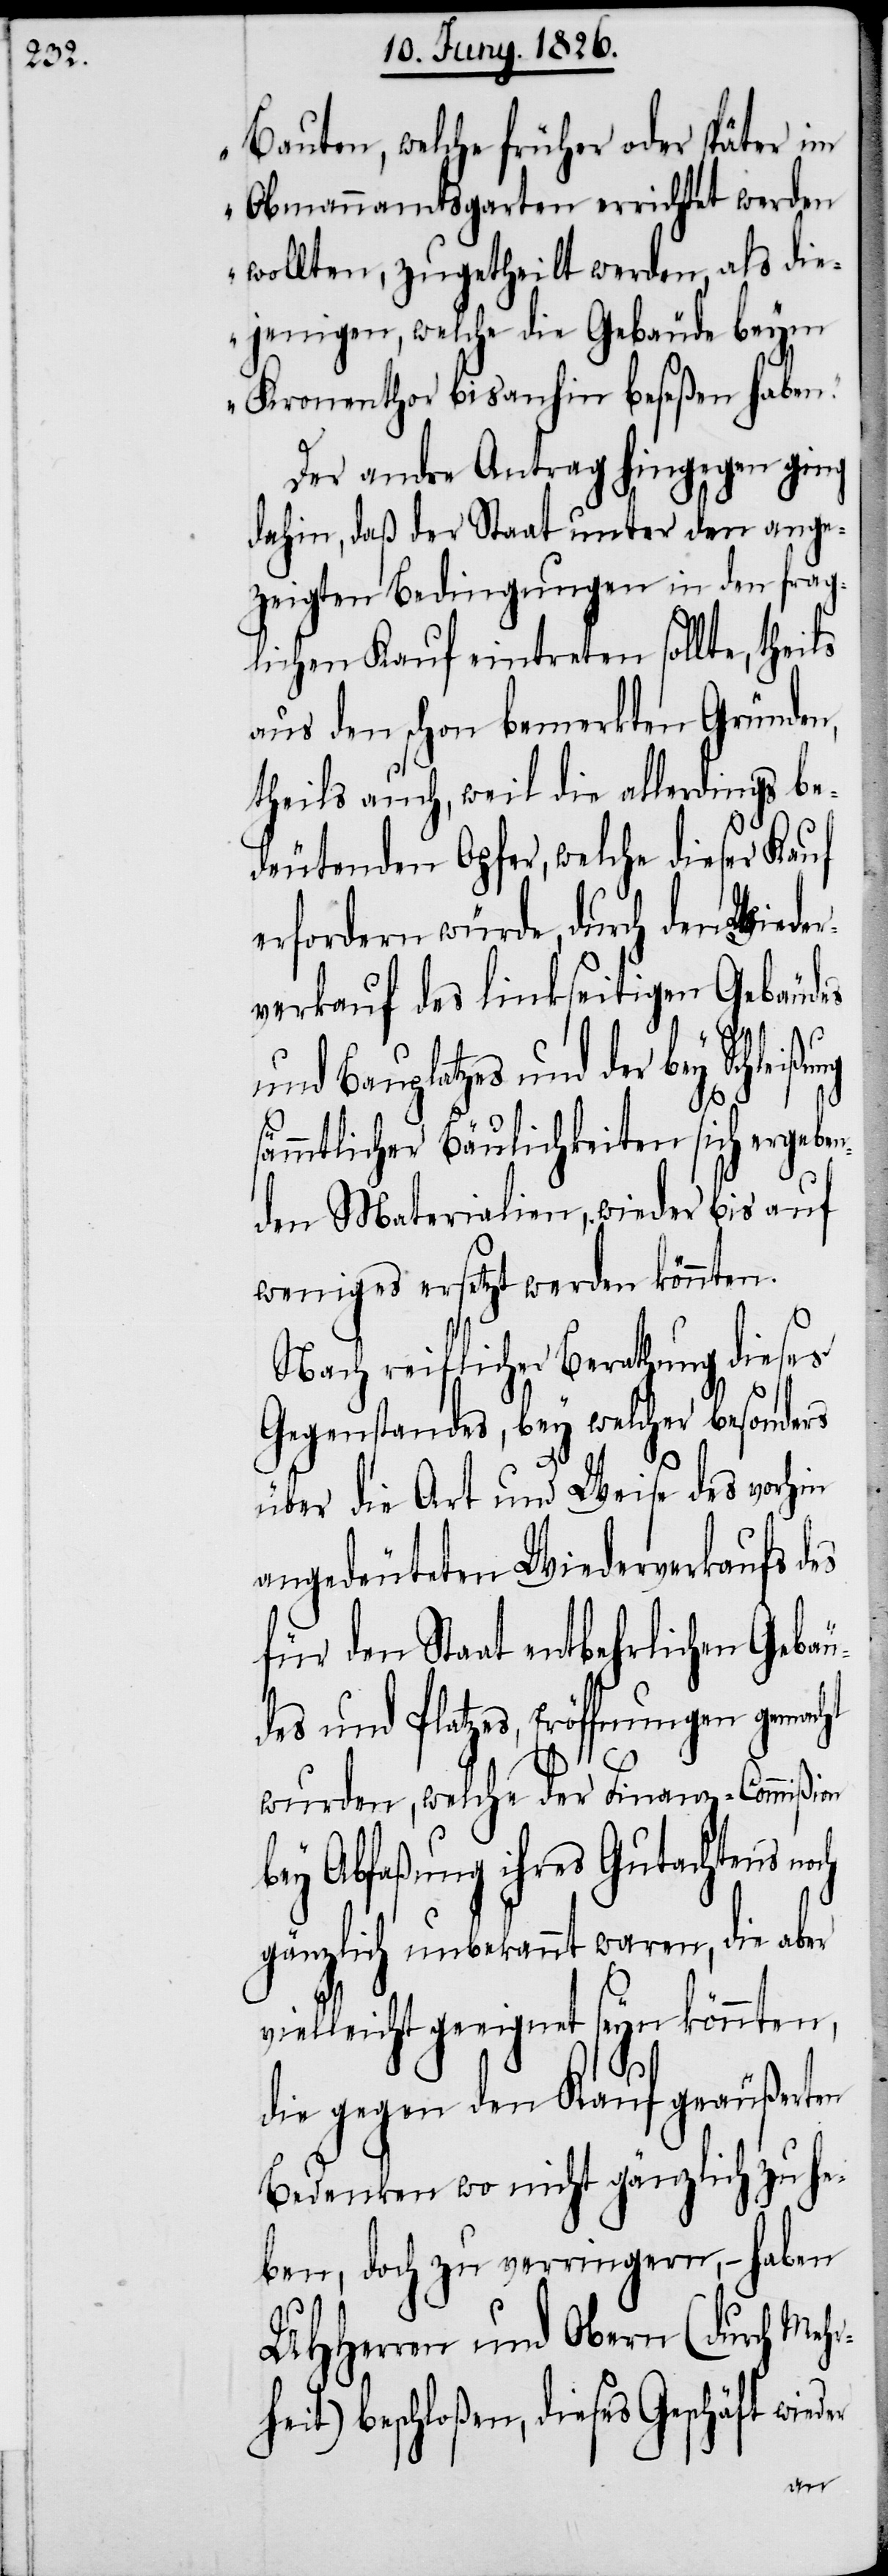
Bauten, welche früher oder später im
Obmannamtsgarten errichtet werden
wollten, zugetheilt werden, als die¬
jenigen, welche die Gebäude beym
Kronenthor bis anhin beseßen haben.“
Der andre Antrag hingegen ging
dahin, daß der Staat unter den ange¬
zeigten Bedingungen in den frag¬
lichen Kauf eintreten sollte, theils
aus den schon bemerkten Gründen,
theils auch, weil die allerdings be¬
deutenden Opfer, welche dieser Kauf
erfordern würde, durch den Wieder¬
verkauf des linkseitigen Gebäudes
und Bauplatzes und der bey Schle¬
sämmtlicher Bäulichkeiten sich ergebe¬
nden Materialien, wieder bis auf
weniges ersetzt werden könnten.
Nach reiflicher Berathung dieses
Gegenstandes, bey welcher besonders
über die Art und Weise des vorhin
angedeuteten Wiederverkaufs des
für den Staat entbehrlichen Gebäu¬
des und Platzes, Eröffnungen gemacht
wurden, welche der Finanz-Commißion
bey Abfaßung ihres Gutachtens
gänzlich unbekannt waren, die aber
vielleicht geeignet seyn könnten,
die gegen den Kauf geäußerten
Bedenken wo nicht gänzlich zu he¬
ben, doch zu verringern, – haben
UHHerren und Obern (durch Mehr¬
heit) beschloßen, dieses Geschäft wi¬
eder